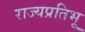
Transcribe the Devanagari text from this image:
राज्यप्रतिभू